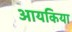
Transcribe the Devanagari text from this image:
आयकिया